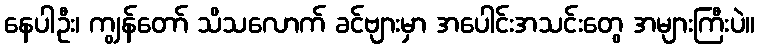
နေပါဦး၊ ကျွန်တော် သိသလောက် ခင်ဗျားမှာ အပေါင်းအသင်းတွေ အများကြီးပဲ။